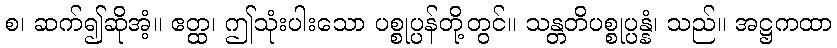
စ၊ ဆက်၍ဆိုအံ့။ ဧတ္ထ၊ ဤသုံးပါးသော ပစ္စုပ္ပန်တို့တွင်။ သန္တတိပစ္စုပ္ပန္နံ၊ သည်။ အဋ္ဌကထာ